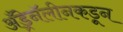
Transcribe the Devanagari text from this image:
अँड्रेनॅलीनकडून